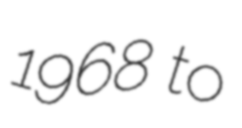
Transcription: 1968 to